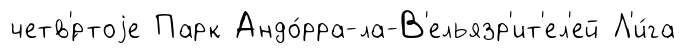
четв'́ртоjе Парк Андо́рра-ла-В'ельязр'ит'ел'ей Л'и́га